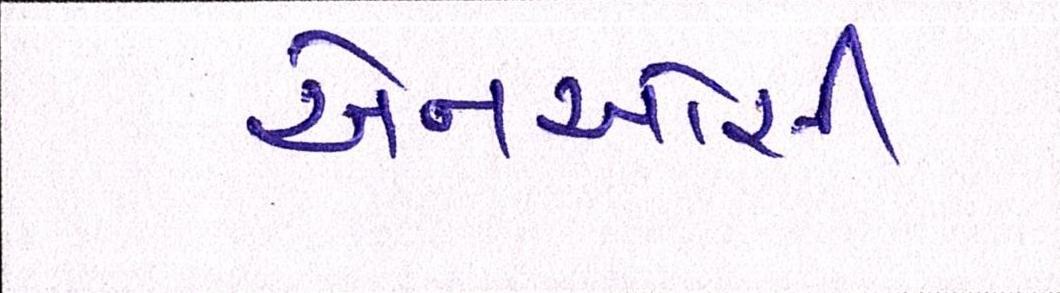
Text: એનઓસી